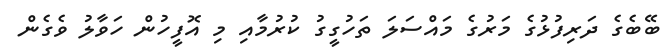
ބޭބެގެ ދަރިފުޅުގެ މަރުގެ މައްސަލަ ތަހުގީގު ކުރުމާއި މި އޮފީހުން ހަވާލު ވެގެން